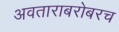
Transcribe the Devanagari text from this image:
अवताराबरोबरच